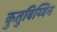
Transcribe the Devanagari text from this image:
कुतुबिय्यिन